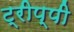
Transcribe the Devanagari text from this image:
ट्रीप्पी